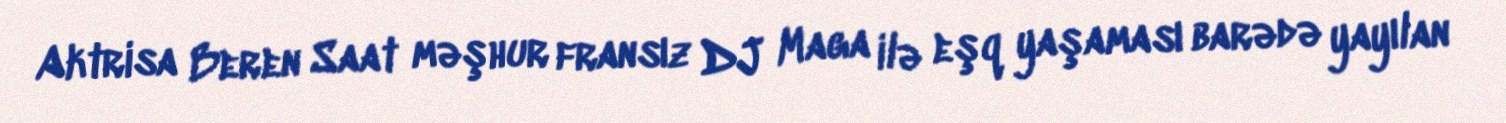
Aktrisa Beren Saat məşhur fransız DJ Maga ilə eşq yaşaması barədə yayılan